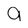
Character: 9